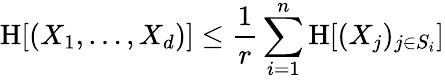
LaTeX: \mathrm{H}[(X_{1},\ldots,X_{d})]\leq{\frac{1}{r}}\sum_{i=1}^{n}\mathrm{H}[(X_{j})_{j\in S_{i}}]